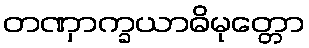
တဏှာက္ခယာဓိမုတ္တော